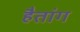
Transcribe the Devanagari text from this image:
हैतांग